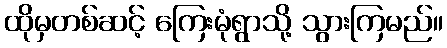
ထိုမှတစ်ဆင့် ကြေးမုံရွာသို့ သွားကြမည်။